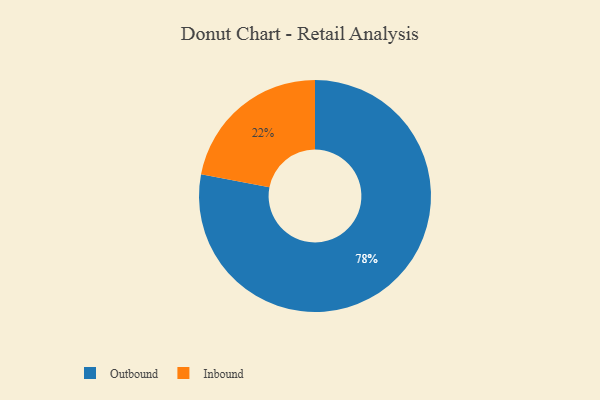
{"axis": {"x": "Category", "y": "Percentage"}, "legend": ["Inbound", "Outbound"], "data": [{"x": "Inbound", "y": 22, "type": "Inbound"}, {"x": "Outbound", "y": 78, "type": "Outbound"}]}